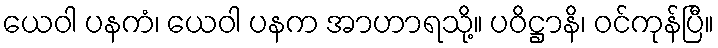
ယေဝါ ပနကံ၊ ယေဝါ ပနက အာဟာရသို့။ ပဝိဋ္ဌာနိ၊ ဝင်ကုန်ပြီ။